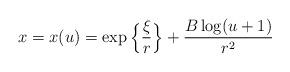
LaTeX: \begin{align*}x=x(u)= \exp\Big\{\frac{\xi}{r}\Big\}+\frac{B\log (u+1)}{r^2}\end{align*}